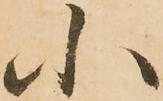
小